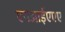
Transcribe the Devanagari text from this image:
एनआईएएए